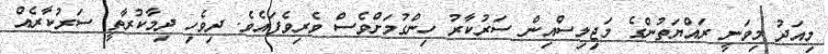
މިއަދު މިވަނީ ރައްޔަތުންގެ މަޖިލިސްއިން ސަރުކާރު ހިންގުމަށްވެސް ވެރިވެފައެވެ. ދިވެހި ދިމާކުރާތީ ސަރުކާރެއް